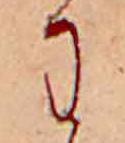
わ